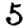
Digit: 5